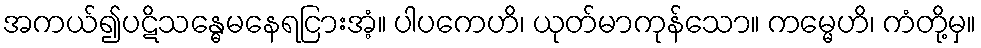
အကယ်၍ပဋိသန္ဓေမနေရငြားအံ့။ ပါပကေဟိ၊ ယုတ်မာကုန်သော။ ကမ္မေဟိ၊ ကံတို့မှ။